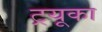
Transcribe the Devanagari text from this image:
ट्रयूका